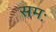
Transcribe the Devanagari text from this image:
समः